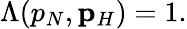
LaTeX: \begin{array}{r}{\Lambda(p_{N},{\mathbf p}_{H})=1.}\end{array}